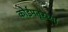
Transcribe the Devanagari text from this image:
कोईमतूरच्या